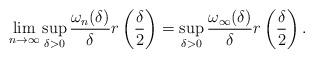
LaTeX: \begin{align*}\lim_{n\to\infty}\sup_{\delta>0}\frac{\omega_n(\delta)}{\delta}r\left(\frac{\delta}{2}\right)=\sup_{\delta>0}\frac{\omega_\infty(\delta)}{\delta}r\left(\frac{\delta}{2}\right).\end{align*}